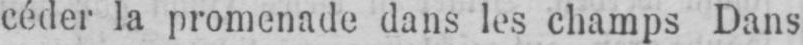
céder la promenade dans les champs Dans